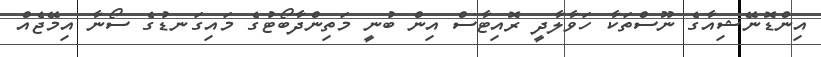
އިންޑޮނޭޝިއާގެ ނޫސްތަކާ ހަވާލާދީ ރޮއިޓާސް އިން ބުނީ މަތިންދާބޯޓުގެ މައިގަނޑުގެ ސޯނާ އިމޭޖެއް